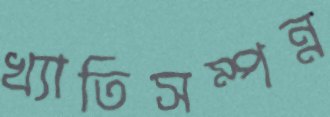
খ্যাতিসম্পন্ন